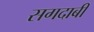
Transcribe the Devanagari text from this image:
सगदाबी